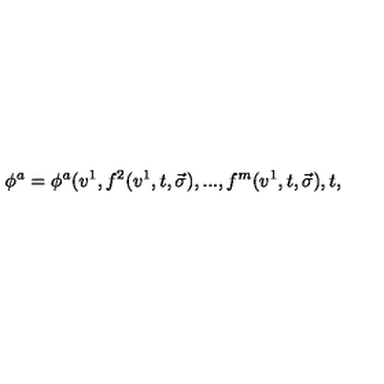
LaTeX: \phi ^ { a } = \phi ^ { a } ( v ^ { 1 } , f ^ { 2 } ( v ^ { 1 } , t , \vec { \sigma } ) , . . . , f ^ { m } ( v ^ { 1 } , t , \vec { \sigma } ) , t ,